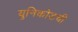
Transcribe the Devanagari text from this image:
युनिकोडची